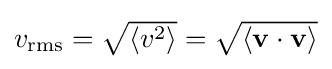
{\textstyle v_{\text{rms}}={\sqrt {\langle v^{2}\rangle }}={\sqrt {\langle \mathbf {v\cdot v} \rangle }}}